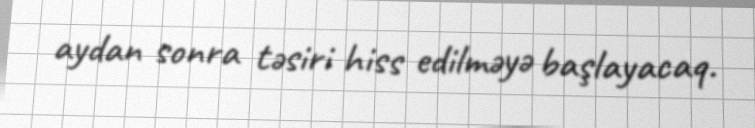
aydan sonra təsiri hiss edilməyə başlayacaq.